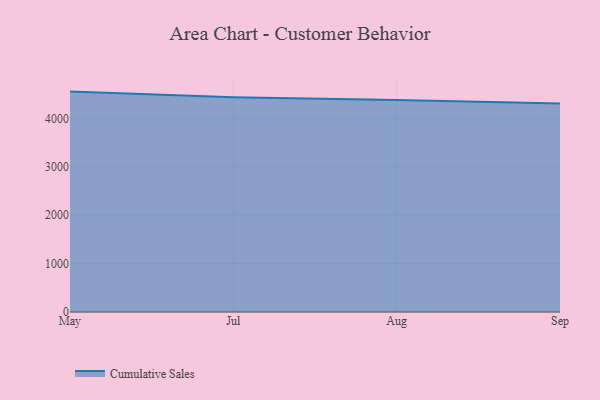
{"axis": {"x": "Month", "y": "Active Users"}, "legend": ["Cumulative Sales"], "data": [{"x": "May", "y": 4552.6, "type": "Cumulative Sales"}, {"x": "Jul", "y": 4438.1, "type": "Cumulative Sales"}, {"x": "Aug", "y": 4381.2, "type": "Cumulative Sales"}, {"x": "Sep", "y": 4306.9, "type": "Cumulative Sales"}]}